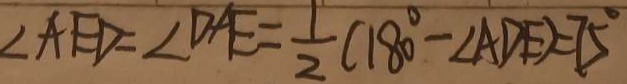
\angle A E D = \angle D A E = \frac { 1 } { 2 } ( 1 8 0 ^ { \circ } - \angle A D E ) = 7 5 ^ { \circ }